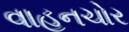
વાહનચોર